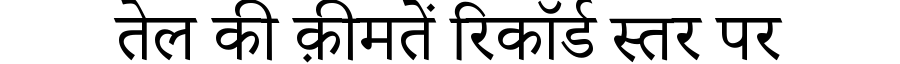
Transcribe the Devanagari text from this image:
तेल की क़ीमतें रिकॉर्ड स्तर पर